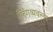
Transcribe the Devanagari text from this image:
लिंगव्यवस्था